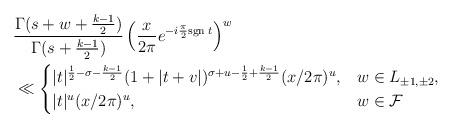
LaTeX: \begin{align*}&\frac{\Gamma(s+w+\frac{k-1}{2})}{\Gamma(s+\frac{k-1}{2})}\left(\frac{x}{2\pi}e^{-i\frac{\pi}{2}{\rm sgn\;}t}\right)^w\\&\ll\begin{cases} |t|^{\frac{1}{2}-\sigma-\frac{k-1}{2}}(1+|t+v|)^{\sigma+u-\frac{1}{2}+\frac{k-1}{2}}(x/2\pi)^u, & w\in L_{\pm 1, \pm 2}, \\ |t|^u(x/2\pi)^u, & w\in\mathcal{F} \end{cases} \end{align*}